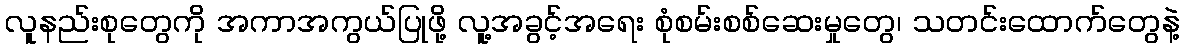
လူနည်းစုတွေကို အကာအကွယ်ပြုဖို့ လူ့အခွင့်အရေး စုံစမ်းစစ်ဆေးမှုတွေ၊ သတင်းထောက်တွေနဲ့